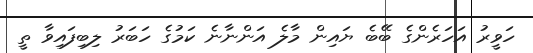
ހަވީރު އަހަރެންގެ ބޭބެ ޔައިން މާލެ އަންނާނެ ކަމުގެ ހަބަރު ލިބިފައިވާ ތީ